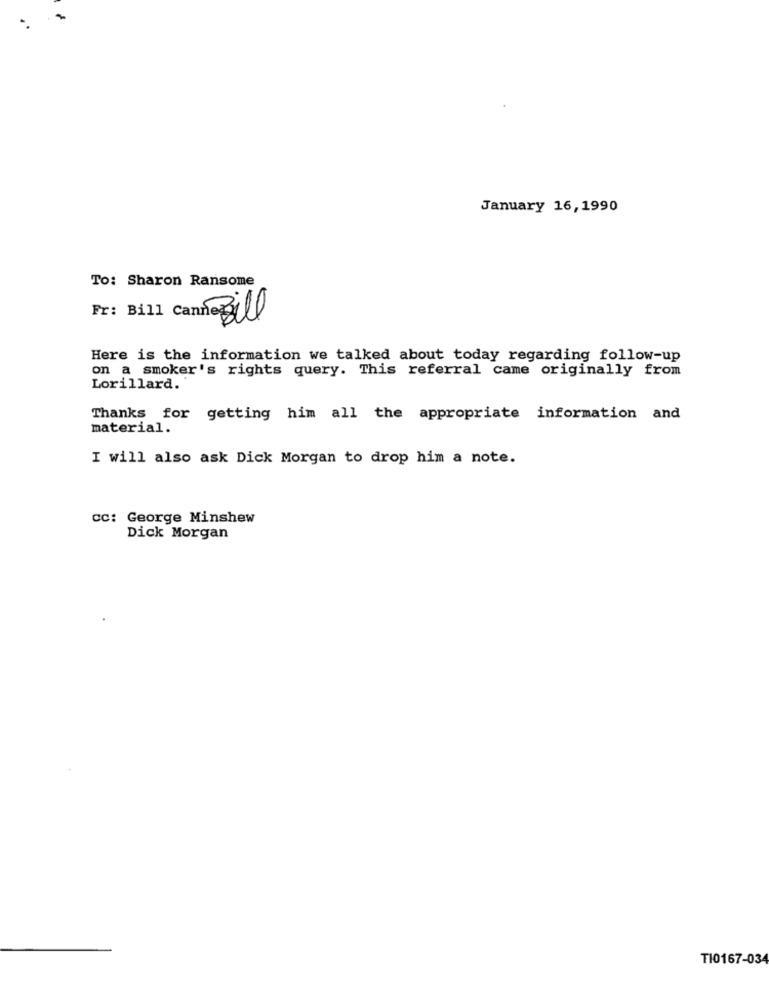
-
January 16, 1990
To: Sharon Ransome
Fr: Bill Canne Bill
Here is the information we talked about today regarding follow-up
on a smoker's rights query. This referral came originally from
Lorillard.
Thanks for getting him all the appropriate information and
material.
I will also ask Dick Morgan to drop him a note.
cc: George Minshew
Dick Morgan
TI0167-034